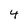
Character: 4